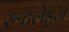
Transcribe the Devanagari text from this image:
रूटलेड्ज